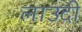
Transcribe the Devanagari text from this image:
लाउदी